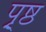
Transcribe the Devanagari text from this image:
पृ्ष्ठ